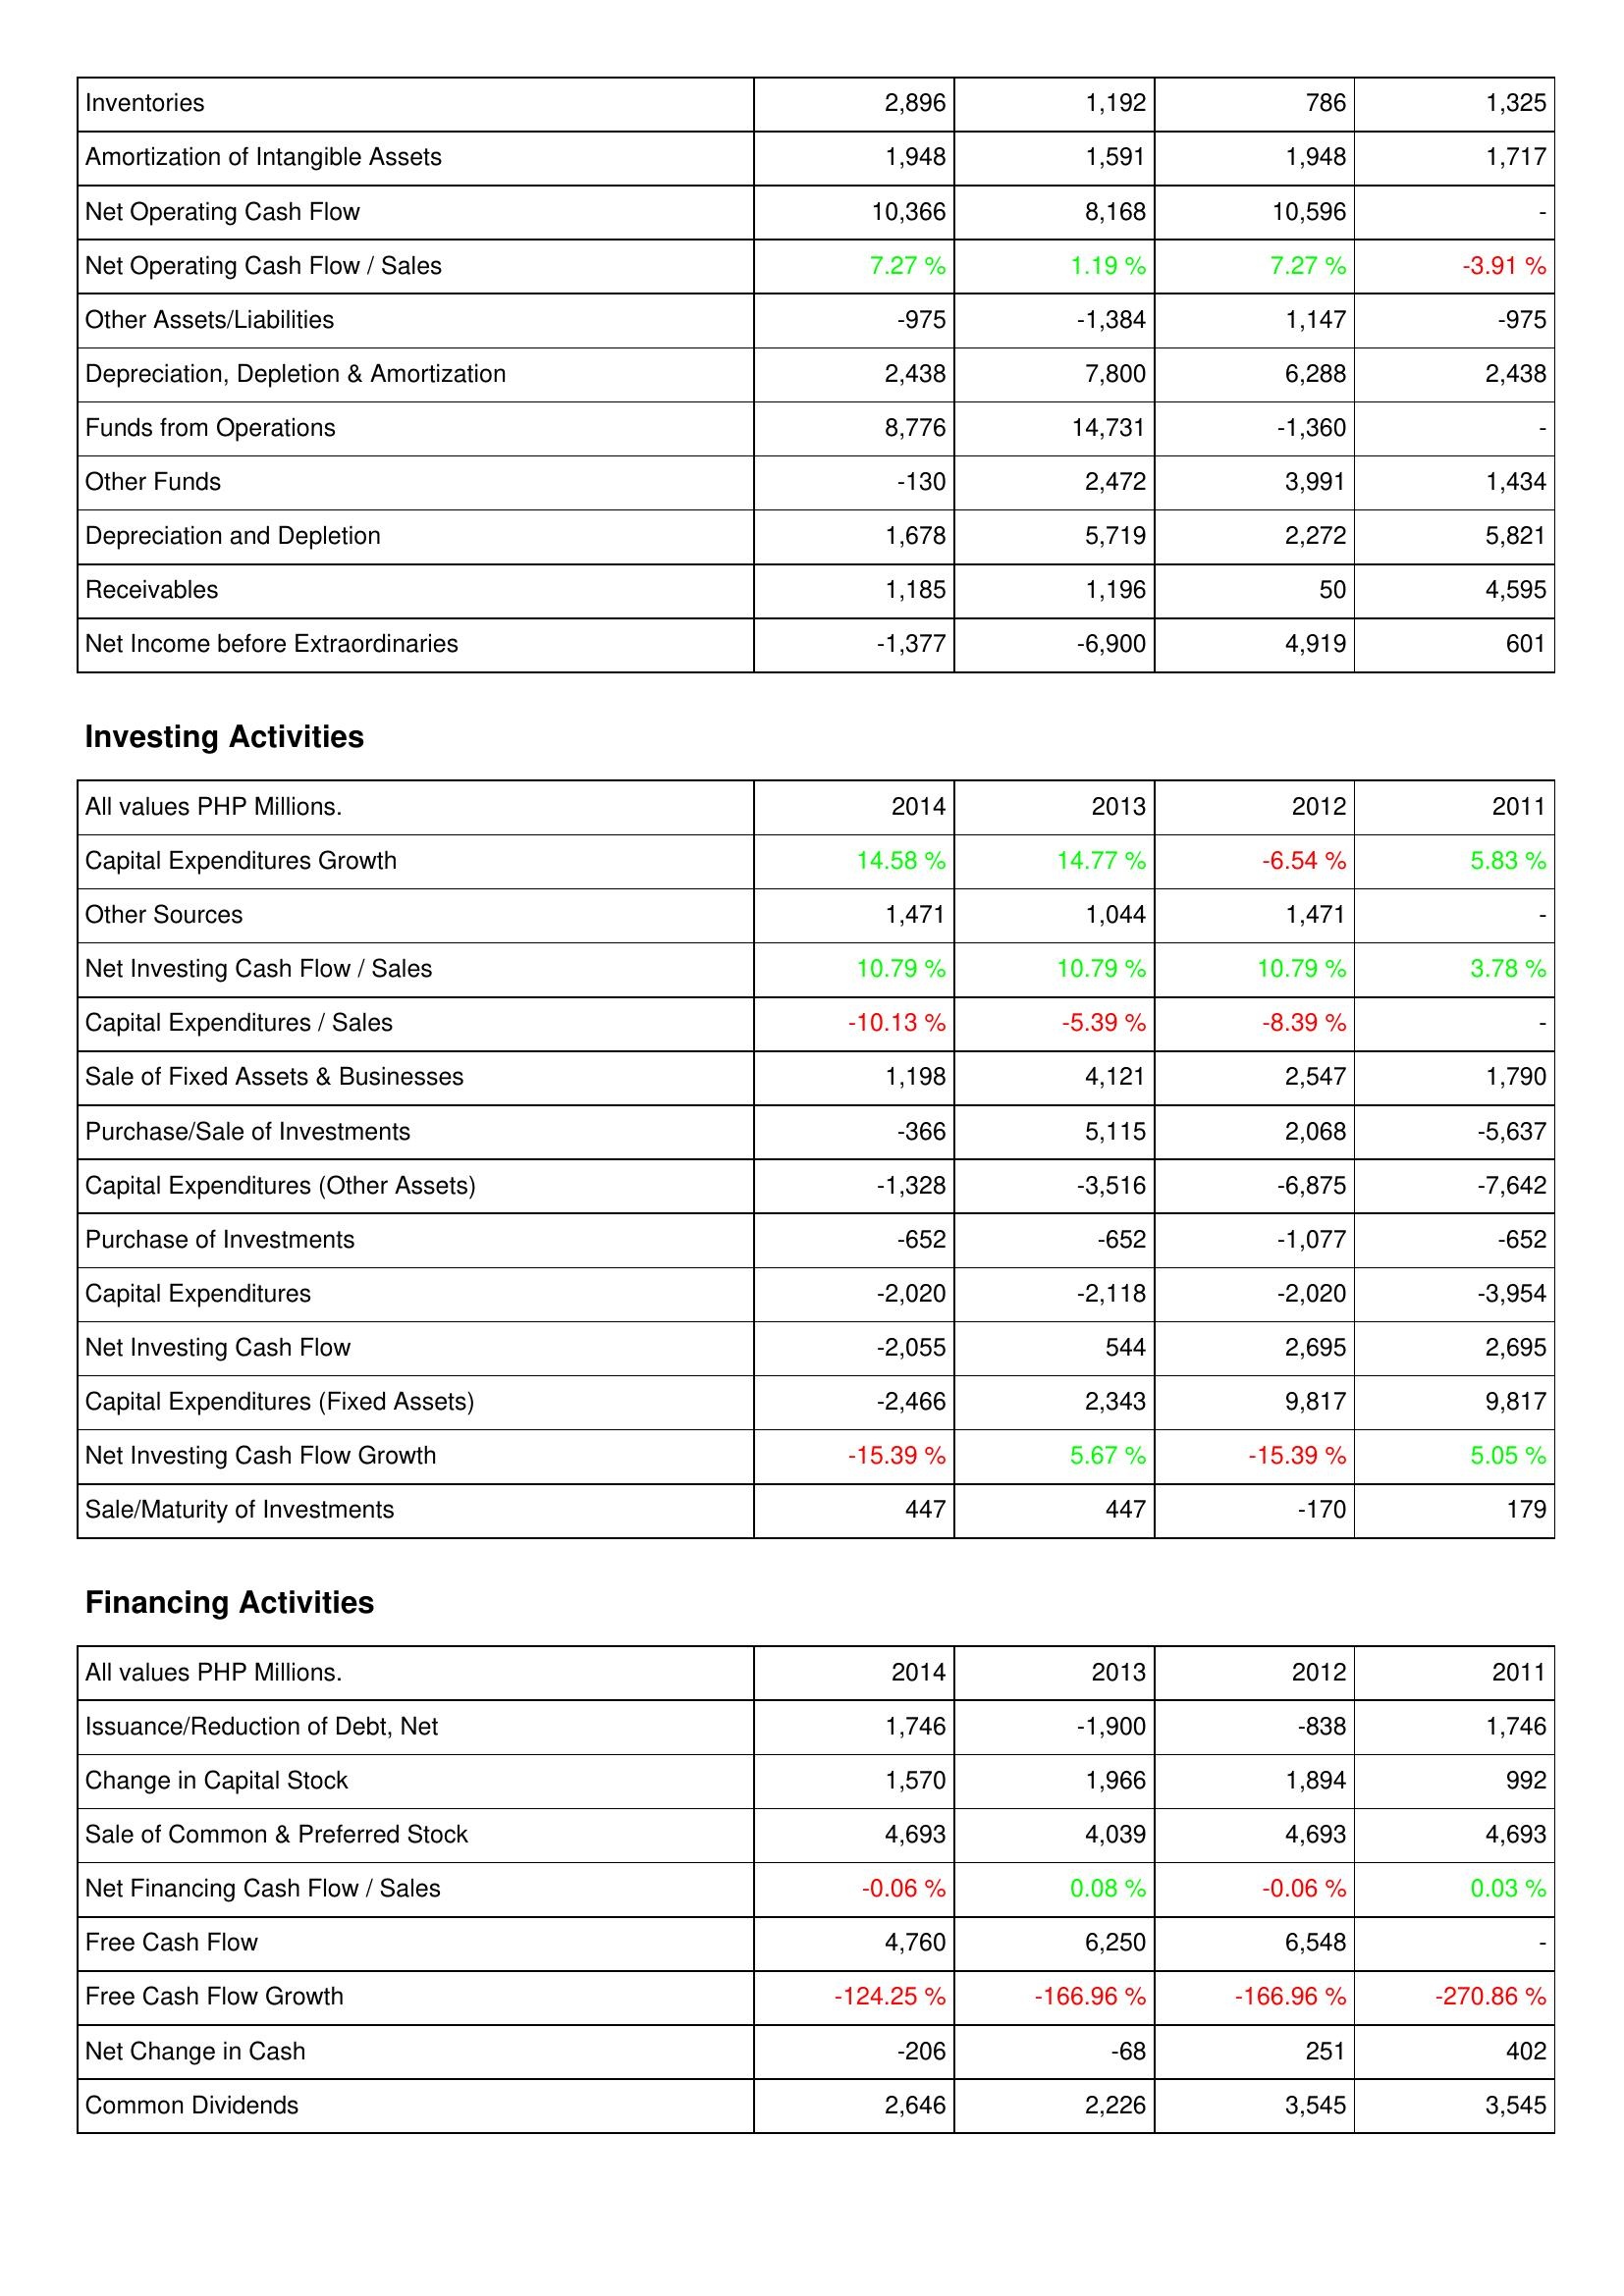
2014: Operating Activities: Inventories: 2,896
Amortization of Intangible Assets: 1,948
Net Operating Cash Flow: 10,366
Net Operating Cash Flow / Sales: 7.27 %
Other Assets/Liabilities: -975
Depreciation, Depletion & Amortization: 2,438
Funds from Operations: 8,776
Other Funds: -130
Depreciation and Depletion: 1,678
Receivables: 1,185
Net Income before Extraordinaries: -1,377
Investing Activities: Capital Expenditures Growth: 14.58 %
Other Sources: 1,471
Net Investing Cash Flow / Sales: 10.79 %
Capital Expenditures / Sales: -10.13 %
Sale of Fixed Assets & Businesses: 1,198
Purchase/Sale of Investments: -366
Capital Expenditures (Other Assets): -1,328
Purchase of Investments: -652
Capital Expenditures: -2,020
Net Investing Cash Flow: -2,055
Capital Expenditures (Fixed Assets): -2,466
Net Investing Cash Flow Growth: -15.39 %
Sale/Maturity of Investments: 447
Financing Activities: Issuance/Reduction of Debt, Net: 1,746
Change in Capital Stock: 1,570
Sale of Common & Preferred Stock: 4,693
Net Financing Cash Flow / Sales: -0.06 %
Free Cash Flow: 4,760
Free Cash Flow Growth: -124.25 %
Net Change in Cash: -206
Common Dividends: 2,646
2013: Operating Activities: Inventories: 1,192
Amortization of Intangible Assets: 1,591
Net Operating Cash Flow: 8,168
Net Operating Cash Flow / Sales: 1.19 %
Other Assets/Liabilities: -1,384
Depreciation, Depletion & Amortization: 7,800
Funds from Operations: 14,731
Other Funds: 2,472
Depreciation and Depletion: 5,719
Receivables: 1,196
Net Income before Extraordinaries: -6,900
Investing Activities: Capital Expenditures Growth: 14.77 %
Other Sources: 1,044
Net Investing Cash Flow / Sales: 10.79 %
Capital Expenditures / Sales: -5.39 %
Sale of Fixed Assets & Businesses: 4,121
Purchase/Sale of Investments: 5,115
Capital Expenditures (Other Assets): -3,516
Purchase of Investments: -652
Capital Expenditures: -2,118
Net Investing Cash Flow: 544
Capital Expenditures (Fixed Assets): 2,343
Net Investing Cash Flow Growth: 5.67 %
Sale/Maturity of Investments: 447
Financing Activities: Issuance/Reduction of Debt, Net: -1,900
Change in Capital Stock: 1,966
Sale of Common & Preferred Stock: 4,039
Net Financing Cash Flow / Sales: 0.08 %
Free Cash Flow: 6,250
Free Cash Flow Growth: -166.96 %
Net Change in Cash: -68
Common Dividends: 2,226
2012: Operating Activities: Inventories: 786
Amortization of Intangible Assets: 1,948
Net Operating Cash Flow: 10,596
Net Operating Cash Flow / Sales: 7.27 %
Other Assets/Liabilities: 1,147
Depreciation, Depletion & Amortization: 6,288
Funds from Operations: -1,360
Other Funds: 3,991
Depreciation and Depletion: 2,272
Receivables: 50
Net Income before Extraordinaries: 4,919
Investing Activities: Capital Expenditures Growth: -6.54 %
Other Sources: 1,471
Net Investing Cash Flow / Sales: 10.79 %
Capital Expenditures / Sales: -8.39 %
Sale of Fixed Assets & Businesses: 2,547
Purchase/Sale of Investments: 2,068
Capital Expenditures (Other Assets): -6,875
Purchase of Investments: -1,077
Capital Expenditures: -2,020
Net Investing Cash Flow: 2,695
Capital Expenditures (Fixed Assets): 9,817
Net Investing Cash Flow Growth: -15.39 %
Sale/Maturity of Investments: -170
Financing Activities: Issuance/Reduction of Debt, Net: -838
Change in Capital Stock: 1,894
Sale of Common & Preferred Stock: 4,693
Net Financing Cash Flow / Sales: -0.06 %
Free Cash Flow: 6,548
Free Cash Flow Growth: -166.96 %
Net Change in Cash: 251
Common Dividends: 3,545
2011: Operating Activities: Inventories: 1,325
Amortization of Intangible Assets: 1,717
Net Operating Cash Flow: -
Net Operating Cash Flow / Sales: -3.91 %
Other Assets/Liabilities: -975
Depreciation, Depletion & Amortization: 2,438
Funds from Operations: -
Other Funds: 1,434
Depreciation and Depletion: 5,821
Receivables: 4,595
Net Income before Extraordinaries: 601
Investing Activities: Capital Expenditures Growth: 5.83 %
Other Sources: -
Net Investing Cash Flow / Sales: 3.78 %
Capital Expenditures / Sales: -
Sale of Fixed Assets & Businesses: 1,790
Purchase/Sale of Investments: -5,637
Capital Expenditures (Other Assets): -7,642
Purchase of Investments: -652
Capital Expenditures: -3,954
Net Investing Cash Flow: 2,695
Capital Expenditures (Fixed Assets): 9,817
Net Investing Cash Flow Growth: 5.05 %
Sale/Maturity of Investments: 179
Financing Activities: Issuance/Reduction of Debt, Net: 1,746
Change in Capital Stock: 992
Sale of Common & Preferred Stock: 4,693
Net Financing Cash Flow / Sales: 0.03 %
Free Cash Flow: -
Free Cash Flow Growth: -270.86 %
Net Change in Cash: 402
Common Dividends: 3,545